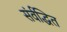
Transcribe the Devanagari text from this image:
संर्वद्धित